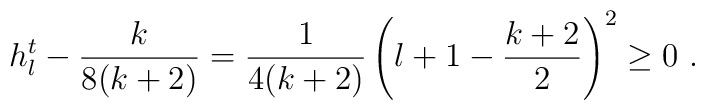
h^t_l - \frac{k}{8(k+2)} = \frac{1}{4(k+2)}\left(l+1-\frac{k+2}{2}\right)^2 \geq 0 ~.